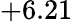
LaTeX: +6.21